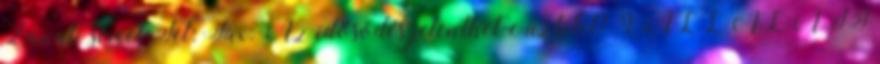
Zanati street Tel: Fax: Az idősödés jelenthet-e üzletet? VÁLLALATI